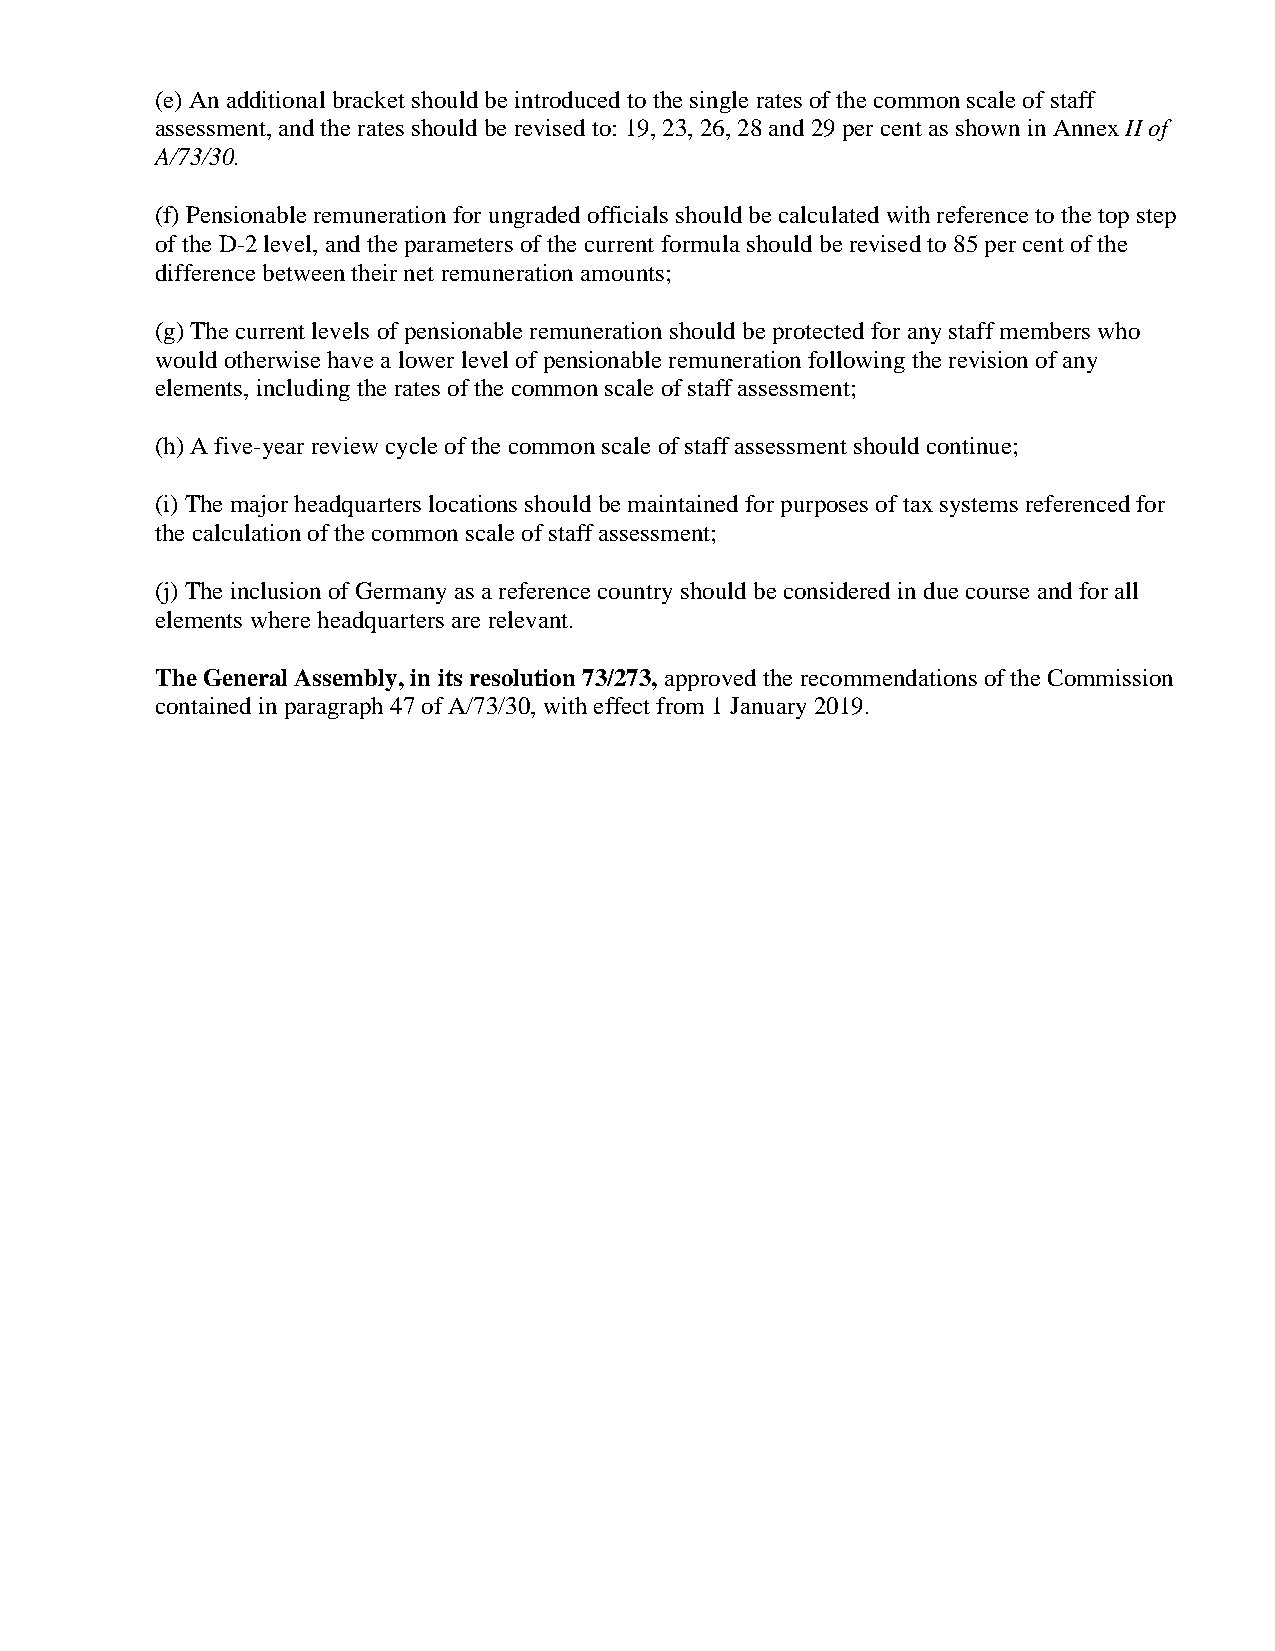
(e) An additional bracket should be introduced to the single rates of the common scale of staff
 assessment, and the rates should be revised to: 19, 23, 26, 28 and 29 per cent as shown in Annex II of
 A/73/30.
 (f) Pensionable remuneration for ungraded officials should be calculated with reference to the top step
 of the D-2 level, and the parameters of the current formula should be revised to 85 per cent of the
 difference between their net remuneration amounts;
 (g) The current levels of pensionable remuneration should be protected for any staff members who
 would otherwise have a lower level of pensionable remuneration following the revision of any
 elements, including the rates of the common scale of staff assessment;
 (h) A five-year review cycle of the common scale of staff assessment should continue;
 (i) The major headquarters locations should be maintained for purposes of tax systems referenced for
 the calculation of the common scale of staff assessment;
 (j) The inclusion of Germany as a reference country should be considered in due course and for all
 elements where headquarters are relevant.
 The General Assembly, in its resolution 73/273, approved the recommendations of the Commission
 contained in paragraph 47 of A/73/30, with effect from 1 January 2019.